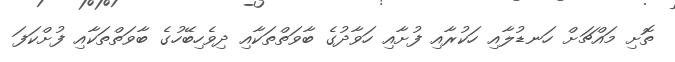
ތޮށި މައްޗަށް ހަނޑުލާއި ހަކުރާއި ފުށާއި ހަވާދުގެ ބާވަތްތަކާއި ދިވެހިބޭހުގެ ބާވަތްތަކާއި ފުށްކަފަ